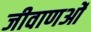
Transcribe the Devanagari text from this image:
जीवाणओं